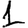
Digit: 1